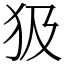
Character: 𤜯